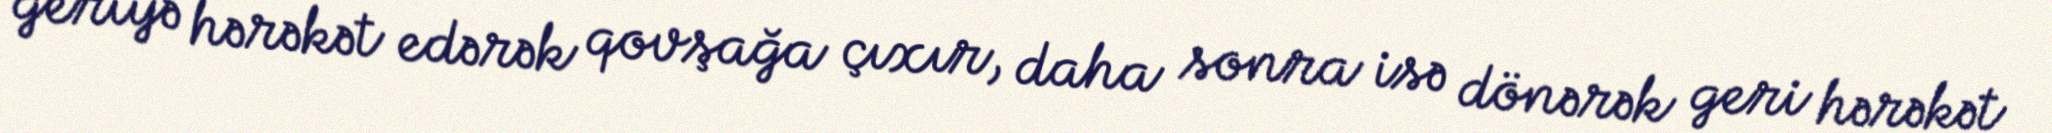
geriyə hərəkət edərək qovşağa çıxır, daha sonra isə dönərək geri hərəkət